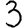
Digit: 3